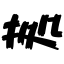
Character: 拠